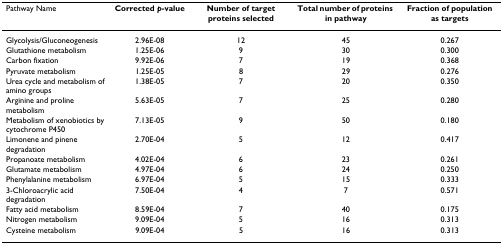
| Pathway Name | Corrected p-value | Number of target proteins selected | Total number of proteins in pathway | Fraction of population as targets |
 | --- | --- | --- | --- | --- |
 | Glycolysis/Gluconeogenesis | 2.96E-08 | 12 | 45 | 0.267 |
 | Glutathione metabolism | 1.25E-06 | 9 | 30 | 0.300 |
 | Carbon fixation | 9.92E-06 | 7 | 19 | 0.368 |
 | Pyruvate metabolism | 1.25E-05 | 8 | 29 | 0.276 |
 | Urea cycle and metabolism of amino groups | 1.38E-05 | 7 | 20 | 0.350 |
 | Arginine and proline metabolism | 5.63E-05 | 7 | 25 | 0.280 |
 | Metabolism of xenobiotics by cytochrome P450 | 7.13E-05 | 9 | 50 | 0.180 |
 | Limonene and pinene degradation | 2.70E-04 | 5 | 12 | 0.417 |
 | Propanoate metabolism | 4.02E-04 | 6 | 23 | 0.261 |
 | Glutamate metabolism | 4.97E-04 | 6 | 24 | 0.250 |
 | Phenylalanine metabolism | 6.97E-04 | 5 | 15 | 0.333 |
 | 3-Chloroacrylic acid degradation | 7.50E-04 | 4 | 7 | 0.571 |
 | Fatty acid metabolism | 8.59E-04 | 7 | 40 | 0.175 |
 | Nitrogen metabolism | 9.09E-04 | 5 | 16 | 0.313 |
 | Cysteine metabolism | 9.09E-04 | 5 | 16 | 0.313 |